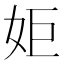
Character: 姖